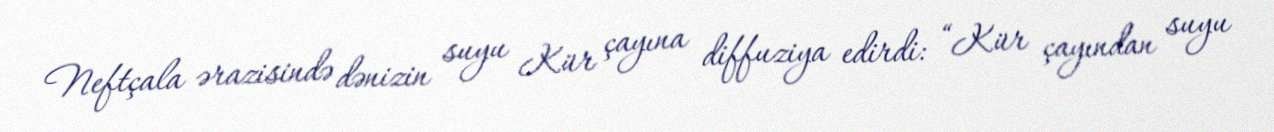
Neftçala ərazisində dənizin suyu Kür çayına diffuziya edirdi: “Kür çayından suyu